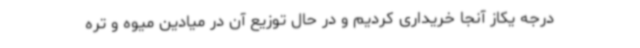
درجه یکاز آنجا خریداری کردیم و در حال توزیع آن در میادین میوه و تره